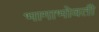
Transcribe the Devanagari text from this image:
भागाभोवती